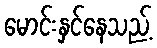
မောင်းနှင်နေသည့်